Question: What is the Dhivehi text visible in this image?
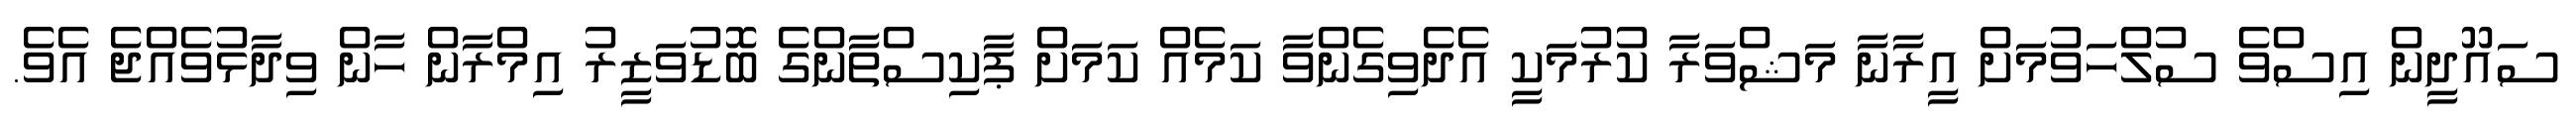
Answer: ސައޫދީން އިސްވެ ސުލްހަވުމަށް އީރާނާ މަޝްވަރާ ކުރުމަކީ އެދެވިގެންވާ ކަމެއް ކަމަށް ޕާކިސްތާންގެ ބޮޑުވަޒީރު އިމްރާން ހާން ވިދާޅުވެއްޖެ އެވެ.